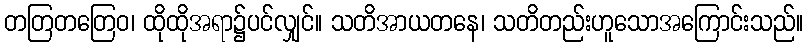
တတြတတြေဝ၊ ထိုထိုအရာ၌ပင်လျှင်။ သတိအာယတနေ၊ သတိတည်းဟူသောအကြောင်းသည်။